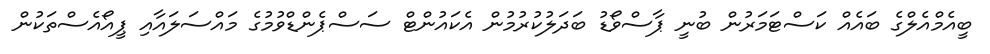
ބީއެމްއެލްގެ ބައެއް ކަސްޓަމަރުން ބުނީ ޕާސްވޯޑު ބަދަލުކުރުމުން އެކައުންޓް ސަސްޕެންޑްވުމުގެ މައްސަލައާއި ޕީއޯއެސްތަކުން